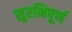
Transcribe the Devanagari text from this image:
सुरभिपूर्ण